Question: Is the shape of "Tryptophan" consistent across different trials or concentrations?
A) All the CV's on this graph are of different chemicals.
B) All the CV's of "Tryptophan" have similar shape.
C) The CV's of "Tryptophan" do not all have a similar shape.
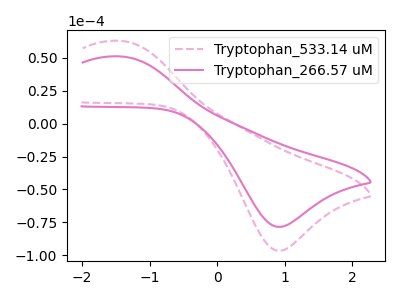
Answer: <think>The pink dashed curve "Tryptophan_533.14 uM" has an anodic peak at (-1.45V, 62.95uA) and a cathodic peak at (0.90V, -96.60uA). The pink curve "Tryptophan_266.57 uM" has an anodic peak at (-1.45V, 51.15uA) and a cathodic peak at (0.90V, -78.45uA).
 All the peaks in "Tryptophan_533.14 uM" have a peak in "Tryptophan_266.57 uM" at the same potential. Every peak in "Tryptophan_533.14 uM" is higher than every peak in "Tryptophan_266.57 uM".</think>
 <answer>B) All the CV's of "Tryptophan" have similar shape.</answer>
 <eval>B</eval>